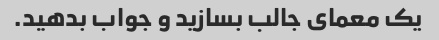
یک معمای جالب بسازید و جواب بدهید.